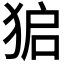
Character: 𮳾